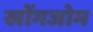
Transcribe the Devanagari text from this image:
खोंगजोम